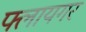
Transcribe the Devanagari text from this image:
फ्लायगर